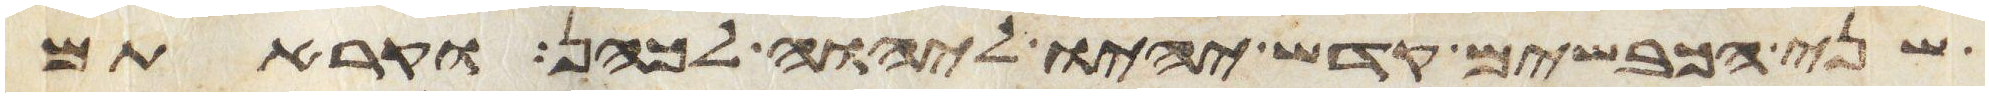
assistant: שני הכבשים קדש יהיו ליהוה לכהן וקראתם